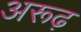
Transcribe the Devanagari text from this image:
अरूढ़